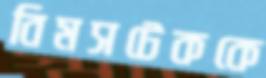
বিমসটেককে